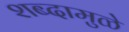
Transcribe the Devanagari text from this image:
शब्दामुळे